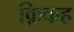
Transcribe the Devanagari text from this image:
क़िकह